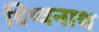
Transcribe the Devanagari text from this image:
विष्वनाथ